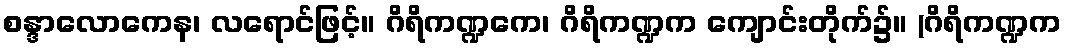
စန္ဒာလောကေန၊ လရောင်ဖြင့်။ ဂိရိကဏ္ဍကေ၊ ဂိရိကဏ္ဍက ကျောင်းတိုက်၌။ (ဂိရိကဏ္ဍက